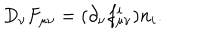
D _ { \nu } F _ { \mu \nu } = ( \partial _ { \nu } f _ { \mu \nu } ^ { i } ) n _ { i } .